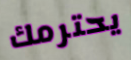
يحترمك